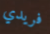
فريدي